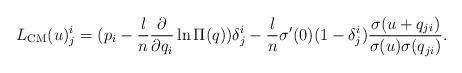
LaTeX: \begin{align*}L_{\rm CM}(u)_j^i = (p_i - \frac{l}{n}\frac{\partial}{\partial q_i}\ln\Pi(q))\delta_j^i - \frac{l}{n}\sigma^\prime(0)(1 - \delta_j^i)\frac{\sigma(u + q_{j i})}{\sigma(u) \sigma(q_{j i})}.\end{align*}